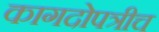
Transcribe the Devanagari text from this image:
कागदोपत्रीच